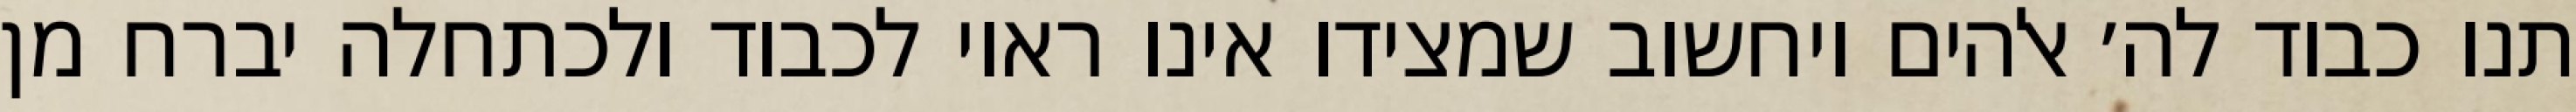
תנו כבוד לה׳ אלהים ויחשוב שמצידו אינו ראוי לכבוד ולכתחלה יברח מן